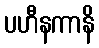
ပဟီနကာနိ